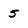
Character: 5